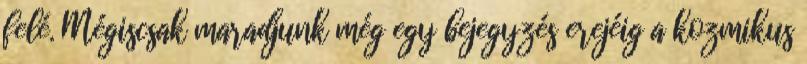
felé. Mégiscsak maradjunk még egy bejegyzés erejéig a kozmikus